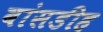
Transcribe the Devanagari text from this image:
बांसडीह